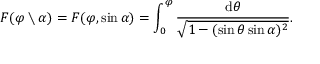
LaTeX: F ( \varphi \setminus \alpha ) = F ( \varphi , \sin \alpha ) = \int _ { 0 } ^ { \varphi } { \frac { \mathrm { d } \theta } { \sqrt { 1 - ( \sin \theta \sin \alpha ) ^ { 2 } } } } .